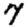
Digit: 7